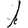
Digit: 1